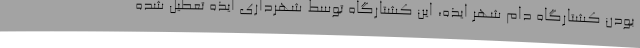
بودن کشتارگاه دام شهر ایذه، این کشتارگاه توسط شهرداری ایذه تعطیل شده